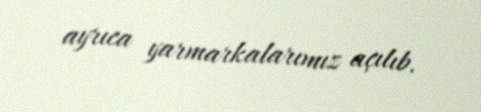
ayrıca yarmarkalarımız açılıb.